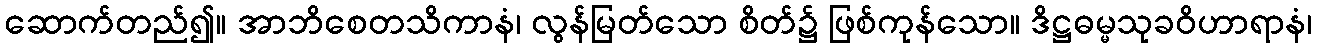
ဆောက်တည်၍။ အာဘိစေတသိကာနံ၊ လွန်မြတ်သော စိတ်၌ ဖြစ်ကုန်သော။ ဒိဋ္ဌဓမ္မသုခဝိဟာရာနံ၊